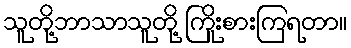
သူတို့ဘာသာသူတို့ ကြိုးစားကြရတာ။